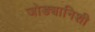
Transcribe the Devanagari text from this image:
जोड्यानिशी